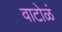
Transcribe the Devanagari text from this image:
वाटोळं